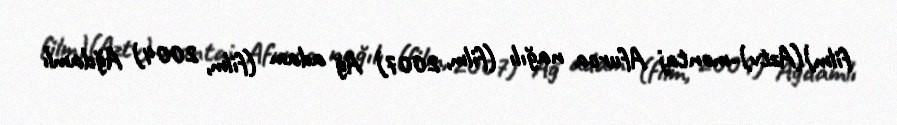
film)(Aztv)-montaj Afurca nağılı (film, 2007) Ağ adam (film, 2004) Ağdamlı